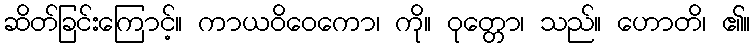
ဆိတ်ခြင်းကြောင့်။ ကာယဝိဝေကော၊ ကို။ ဝုတ္တော၊ သည်။ ဟောတိ၊ ၏။